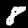
Label: 8